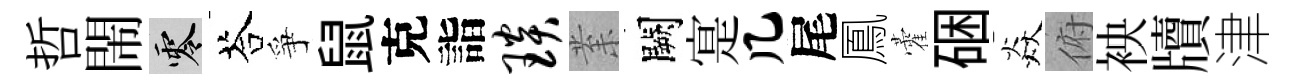
哲閙零荅爭鼠克詣琰𭪙闕寔几尾鳳藿硱焱俯䘧牘津